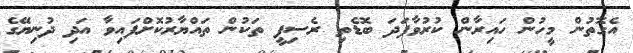
އެގޮތުން މީހުން ހައިރާން ކުރުވާފަދަ ބޮޑެތި ރެސިޕީ ތަކުން ތައްޔާރުކޮށްފައިވާ އަދި ދުނިޔޭގެ